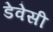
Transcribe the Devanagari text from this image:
डेवेसी